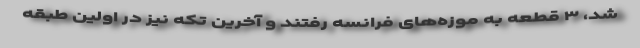
شد، ۳ قطعه به موزه‌های فرانسه رفتند و آخرین تکه نیز در اولین طبقه